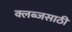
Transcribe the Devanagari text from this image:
क्लब्जसाठी